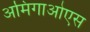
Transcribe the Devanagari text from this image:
अमिगाओएस